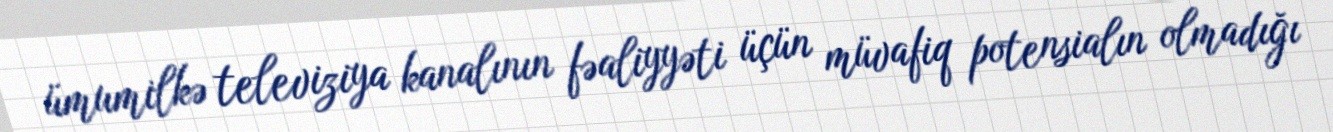
ümumilkə televiziya kanalının fəaliyyəti üçün müvafiq potensialın olmadığı